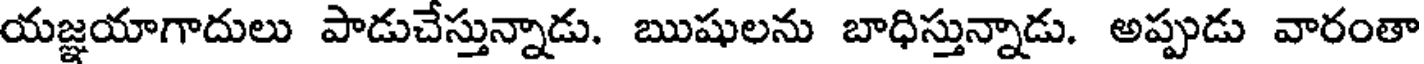
యజ్ఞయాగాదులు పాడుచేస్తున్నాడు. ఋషులను బాధిస్తున్నాడు. అప్పుడు వారంతా